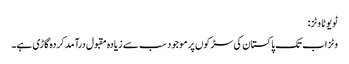
ٹویوٹا وٹز:
وٹز اب تک پاکستان کی سڑکوں پر موجود سب سے زیادہ مقبول درآمد کردہ گاڑی ہے۔